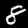
Digit: 8